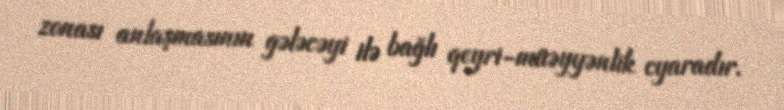
zonası anlaşmasının gələcəyi ilə bağlı qeyri-müəyyənlik cyaradır.